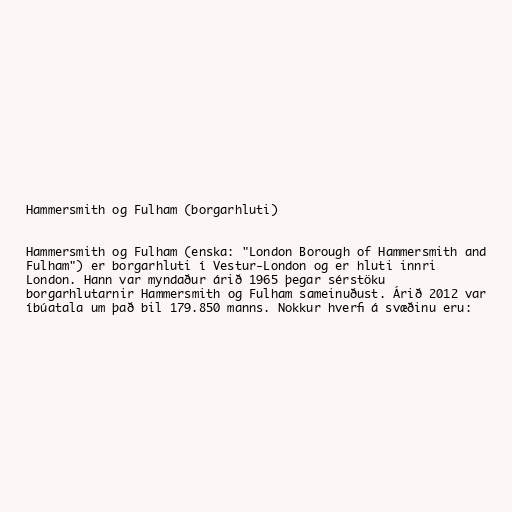
Hammersmith og Fulham (borgarhluti)

Hammersmith og Fulham (enska: "London Borough of Hammersmith and
Fulham") er borgarhluti í Vestur-London og er hluti innri
London. Hann var myndaður árið 1965 þegar sérstöku
borgarhlutarnir Hammersmith og Fulham sameinuðust. Árið 2012 var
íbúatala um það bil 179.850 manns. Nokkur hverfi á svæðinu eru: